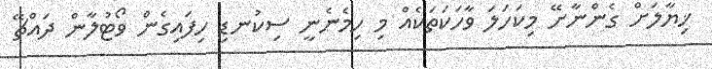
ޚިޔާލަށް ގެންނާށޭ މިކަހަލަ ވާހަކަތަކެއް މި ހިމެނެނީ ސިކުނޑި ހިފައިގެން ވޯޓުލާން ދައްޗޭ